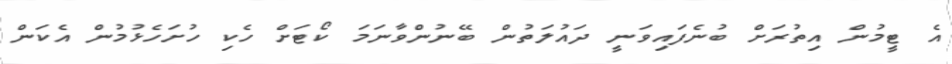
އެ ޓީމުން އިތުރަށް ބުނެފައިވަނީ ދައުލަތުން ބޭނުންވާނަމަ ކޯޓަށް ހެކި ހުށަހެޅުމުން އެކަން